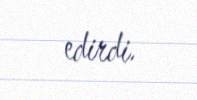
edirdi.